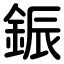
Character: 鋠